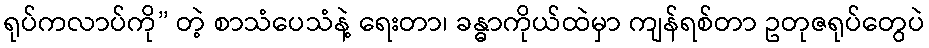
ရုပ်ကလာပ်ကို” တဲ့ စာသံပေသံနဲ့ ရေးတာ၊ ခန္ဓာကိုယ်ထဲမှာ ကျန်ရစ်တာ ဥတုဇရုပ်တွေပဲ